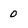
Character: 0